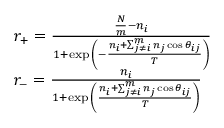
\begin{array} { l } { r _ { + } = \frac { \frac { N } { m } - n _ { i } } { 1 + \exp { \left( - \frac { n _ { i } + \sum _ { j \neq i } ^ { m } n _ { j } \cos { \theta _ { i j } } } { T } \right) } } } \\ { r _ { - } = \frac { n _ { i } } { 1 + \exp { \left( { \frac { n _ { i } + \sum _ { j \neq i } ^ { m } n _ { j } \cos { \theta _ { i j } } } { T } } \right) } } } \end{array}